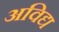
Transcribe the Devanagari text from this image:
अविद्य